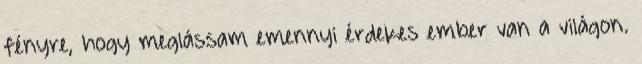
fényre, hogy meglássam emennyi érdekes ember van a világon.